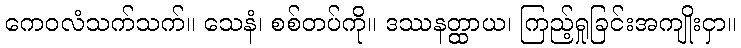
ကေဝလံသက်သက်။ သေနံ၊ စစ်တပ်ကို။ ဒဿနတ္ထာယ၊ ကြည့်ရှုခြင်းအကျိုးငှာ။